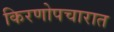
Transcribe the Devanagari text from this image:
किरणोपचारात